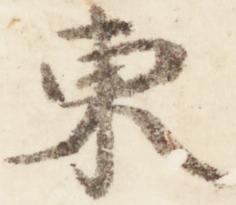
東